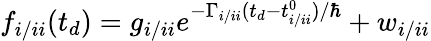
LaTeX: f_{i/ii}(t_{d})=g_{i/ii}e^{-\Gamma_{i/ii}(t_{d}-t_{i/ii}^{0})/\hbar}+w_{i/ii}